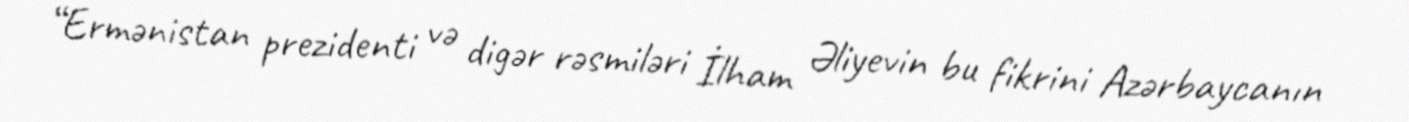
“Ermənistan prezidenti və digər rəsmiləri İlham Əliyevin bu fikrini Azərbaycanın